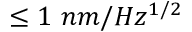
\leq 1 \ n m / H z ^ { 1 / 2 }